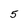
Character: 5